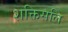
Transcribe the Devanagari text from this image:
शक्तिसलि